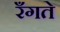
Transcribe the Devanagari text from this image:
रँगते